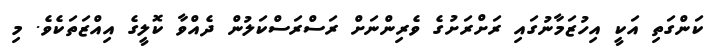
ކަންގަތި އަކީ އިހުޒަމާނުގައި ރަށްރަށުގެ ވެރިންނަށް ރަސްރަސްކަލުން ދެއްވާ ކޮލީގެ އިއްޒަތަކެވެ. މި